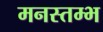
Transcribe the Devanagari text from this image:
मनस्तम्भ